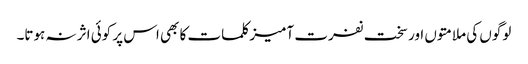
لوگوں کی ملامتوں اور سخت نفرت آمیز کلمات کا بھی اس پر کوئی اثر نہ ہوتا۔